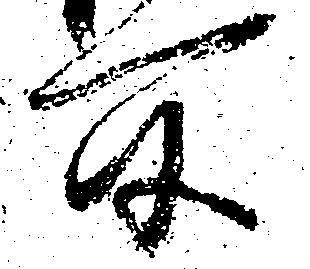
所